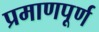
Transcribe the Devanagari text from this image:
प्रमाणपूर्ण